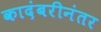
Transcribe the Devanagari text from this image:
कादंबरीनंतर